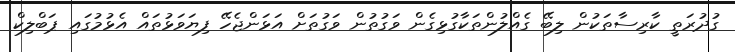
ގުދުރަތީ ކާރިސާތަކުން ލިބޭ ގެއްލުންތަކާގުޅިގެން ވަގުތުން ވަގުތަށް އަޅަންޖެހޭ ފިޔަވަޅުތައް އެޅުމުގައި ޕަބްލިކް